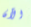
الآن